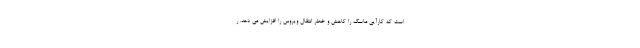
است که کارآیی ماسک را کاهش و خطر انتقال ویروس را افزایش می دهد. ر